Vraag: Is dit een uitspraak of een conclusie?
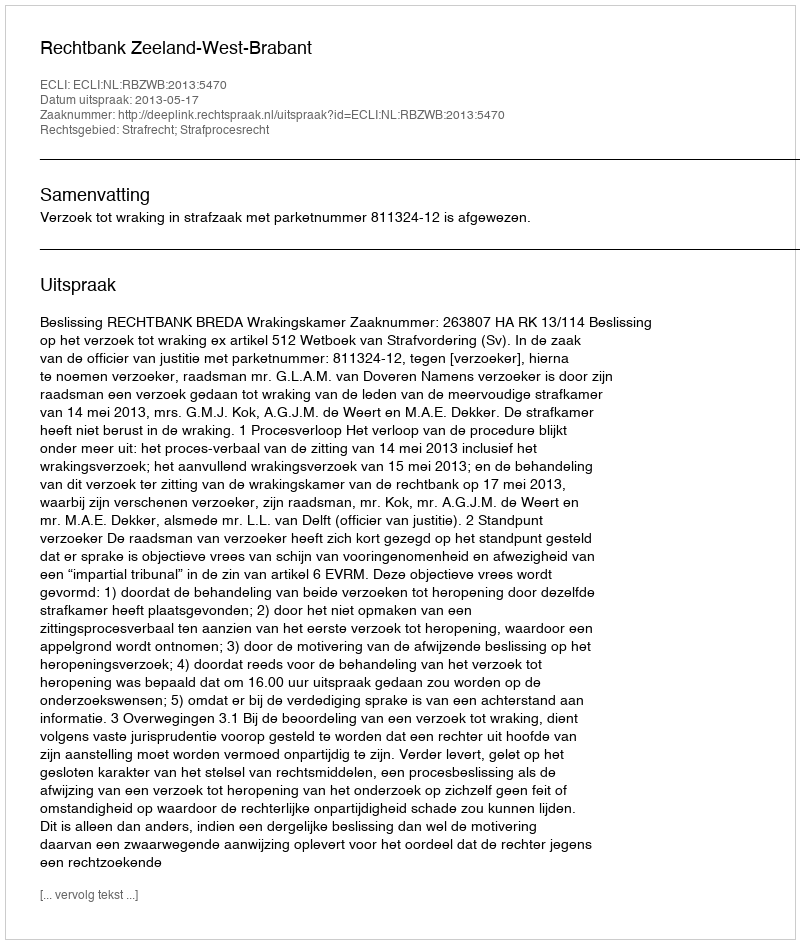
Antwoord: Uitspraak